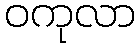
ဝကုလာ